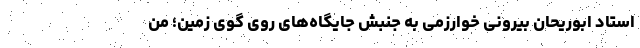
استاد ابوریحان بیرونی خوارزمی به جنبش جایگاه‌های روی گوی زمین؛ من